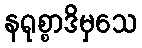
နရုစ္စာဒိမှသေ